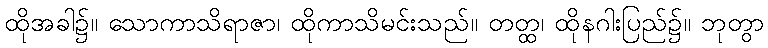
ထိုအခါ၌။ သောကာသိရာဇာ၊ ထိုကာသိမင်းသည်။ တတ္ထ၊ ထိုနဂါးပြည်၌။ ဘုတွာ